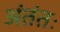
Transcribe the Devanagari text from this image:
अंतंतः